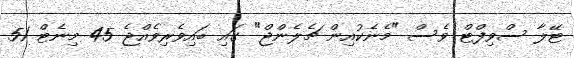
ޓޭލާ ސްވިފްޓް ވެސް "މެނެކުއިން ޗެލެންޖް" ގައި ބައިވެރިވެއްޖެ 45 މިނެޓް 51